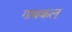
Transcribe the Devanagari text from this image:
गाथकल्